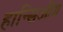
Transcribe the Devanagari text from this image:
हान्सिओंग